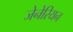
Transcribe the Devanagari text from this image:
जेनेरियन